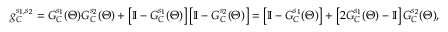
g _ { C } ^ { s _ { 1 } , s _ { 2 } } = G _ { C } ^ { s _ { 1 } } ( \Theta ) G _ { C } ^ { s _ { 2 } } ( \Theta ) + \left[ \mathbb { I } - G _ { C } ^ { s _ { 1 } } ( \Theta ) \right] \left[ \mathbb { I } - G _ { C } ^ { s _ { 2 } } ( \Theta ) \right] = \left[ \mathbb { I } - G _ { C } ^ { s _ { 1 } } ( \Theta ) \right] + \left[ 2 G _ { C } ^ { s _ { 1 } } ( \Theta ) - \mathbb { I } \right] G _ { C } ^ { s _ { 2 } } ( \Theta ) ,